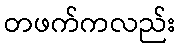
တဖက်ကလည်း